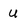
Character: u